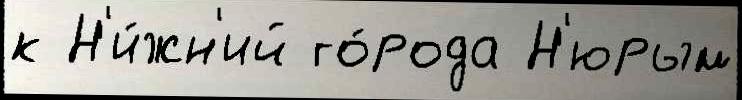
к Н'и́жн'ий го́рода Н'юрым